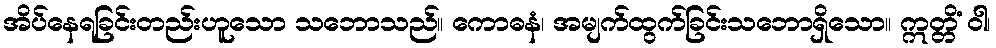
အိပ်နေရခြင်းတည်းဟူသော သဘောသည်။ ကောဓနံ၊ အမျက်ထွက်ခြင်းသဘောရှိသော။ ဣတ္တိံ ဝါ၊